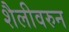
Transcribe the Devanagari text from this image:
शैलीवरुन